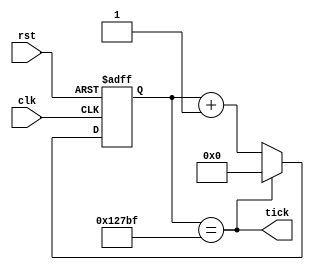
module Tick_Gen_6ms(clk, rst, tick);

   input       clk, rst;   // on-board clock, and AISO reset signal
   output  wire    tick;   // slowed clock signal
   
   reg    [18:0]  count;   // count up from 0 to 599,999 (ie. 600,000)
   
   // Tick is HIGH if count reaches 600,000
   assign tick = (count == 19'd599999);

   always@(posedge clk, posedge rst) 
      if(rst)  count <= 19'b0;   else  // Reset
      if(tick) count <= 19'b0;         // Reset count after Tick
      else     count <= count+19'b1;   // count up

endmodule